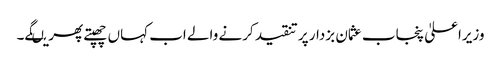
وزیراعلیٰ پنجاب عثمان بزدار پر تنقید کرنے والے اب کہاں چھپتے پھریںگے۔